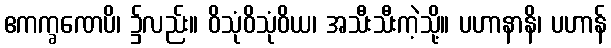
ဧကက္ခဏေပိ၊ ၌လည်း။ ဝိသုံဝိသုံဝိယ၊ အသီးသီးကဲ့သို့။ ပဟာနာနိ၊ ပဟာန်